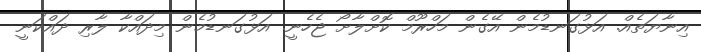
އިނާޔަތެއް. އަޅުގަނޑުމެން އޭގެން މަހްރޫމް ކޮށްލާށޯ ޖެހެނީ. އަޅުގަނޑުމެން މިދައްކާ ލާރި ދައްކަނީ